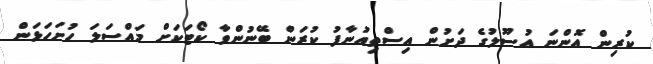
ކުރިން އޮންނަ އުސޫލުގެ ދަށުން އިސްތިއުނާފު ކުރަން ބޭނުންވާ ކޯޓަކަށް މައްސަލަ ހުށަހަޅަން